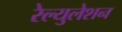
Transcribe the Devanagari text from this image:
रेल्युलेशन